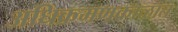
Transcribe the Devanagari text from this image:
अधिक्रमणकाळात